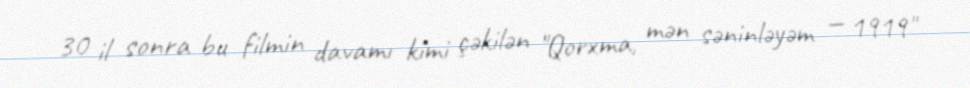
30 il sonra bu filmin davamı kimi çəkilən "Qorxma, mən səninləyəm — 1919"